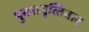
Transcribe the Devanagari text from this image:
पुनरावृत्‍तिवाद